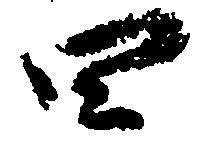
四